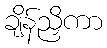
ချိန်ညှိကာ